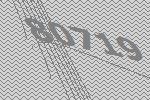
80719